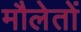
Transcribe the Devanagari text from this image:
मौलेतों